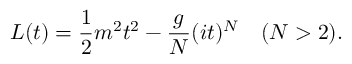
L ( t ) = { \frac { 1 } { 2 } } m ^ { 2 } t ^ { 2 } - { \frac { g } { N } } ( i t ) ^ { N } \quad ( N > 2 ) .